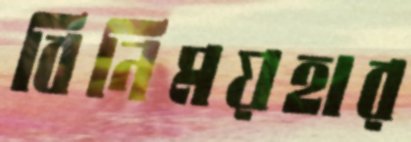
বিনিময়হার